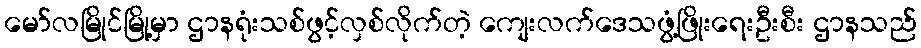
မော်လမြိုင်မြို့မှာ ဌာနရုံးသစ်ဖွင့်လှစ်လိုက်တဲ့ ကျေးလက်ဒေသဖွံ့ဖြိုးရေးဦးစီး ဌာနသည်